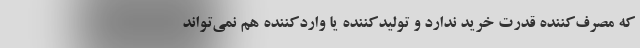
که مصرف‌کننده قدرت خرید ندارد و تولید‌کننده یا وارد‌کننده هم نمی‌تواند